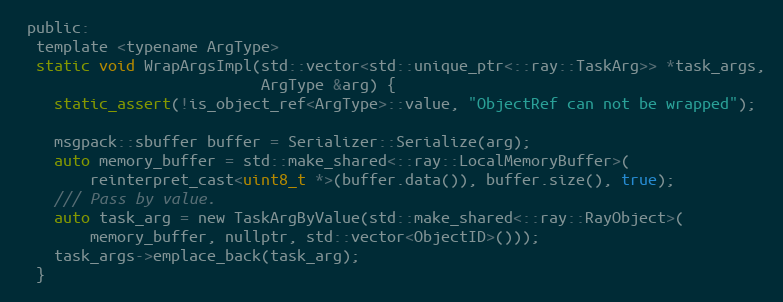
Language: C
 public:
  template <typename ArgType>
  static void WrapArgsImpl(std::vector<std::unique_ptr<::ray::TaskArg>> *task_args,
                           ArgType &arg) {
    static_assert(!is_object_ref<ArgType>::value, "ObjectRef can not be wrapped");

    msgpack::sbuffer buffer = Serializer::Serialize(arg);
    auto memory_buffer = std::make_shared<::ray::LocalMemoryBuffer>(
        reinterpret_cast<uint8_t *>(buffer.data()), buffer.size(), true);
    /// Pass by value.
    auto task_arg = new TaskArgByValue(std::make_shared<::ray::RayObject>(
        memory_buffer, nullptr, std::vector<ObjectID>()));
    task_args->emplace_back(task_arg);
  }